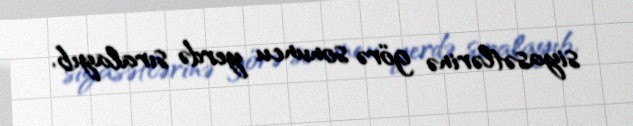
siyasətlərinə görə sonuncu yerdə sıralayıb.